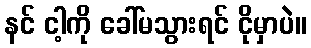
နင် ငါ့ကို ခေါ်မသွားရင် ငိုမှာပဲ။